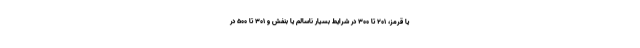
یا قرمز، ۲۰۱ تا ۳۰۰ در شرایط بسیار ناسالم یا بنفش و ۳۰۱ تا ۵۰۰ در